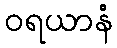
ဝရယာနံ